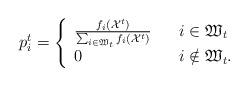
LaTeX: \begin{align*}p_{i}^{t}=\left\{\begin{array}{lcl}\frac{f_{i}(\mathcal{X}^{t})}{\sum_{i\in \mathfrak{W}_{t}}f_{i}(\mathcal{X}^{t})}& & i\in \mathfrak{W}_{t}\\0 & & i\notin \mathfrak{W}_{t}.\end{array} \right.\end{align*}